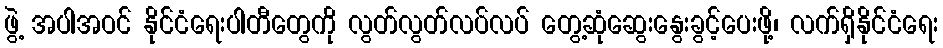
ဖွဲ့ အပါအဝင် နိုင်ငံရေးပါတီတွေကို လွတ်လွတ်လပ်လပ် တွေ့ဆုံဆွေးနွေးခွင့်ပေးဖို့၊ လက်ရှိနိုင်ငံရေး